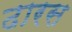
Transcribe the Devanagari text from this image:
ढारस